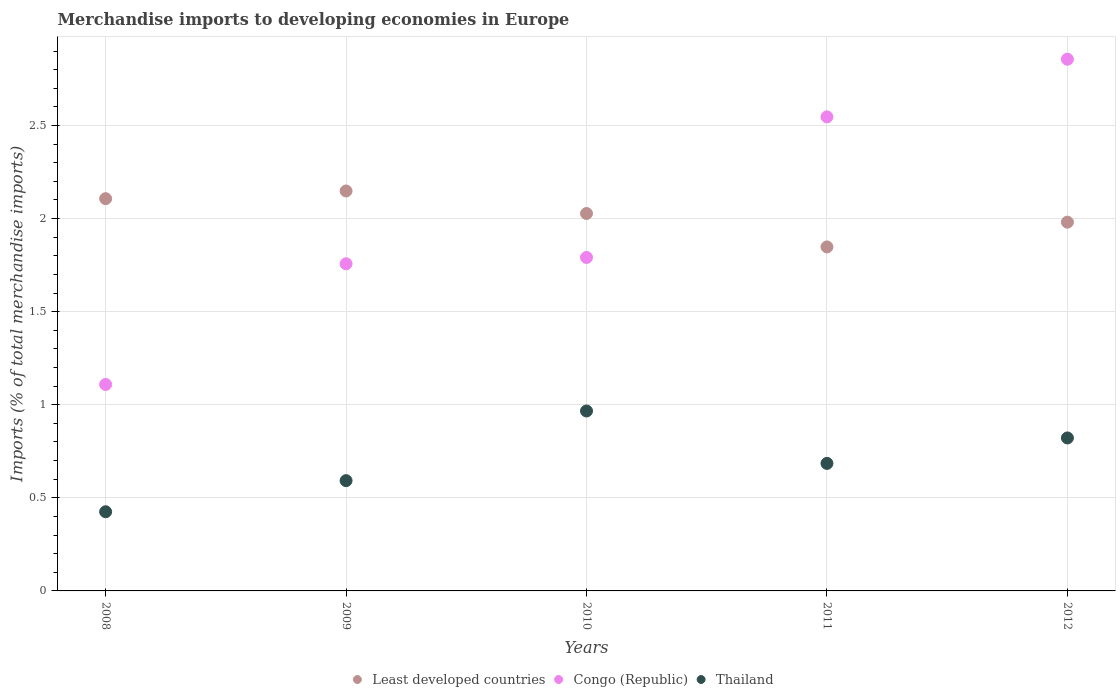
| Years | Least developed countries | Congo (Republic) | Thailand |
 | --- | --- | --- | --- |
 | 2008 | 2.11 | 1.11 | 0.425 |
 | 2009 | 2.15 | 1.76 | 0.592 |
 | 2010 | 2.03 | 1.79 | 0.966 |
 | 2011 | 1.85 | 2.55 | 0.685 |
 | 2012 | 1.98 | 2.86 | 0.822 |